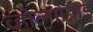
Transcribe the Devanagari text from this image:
व्होल्गोग्राड